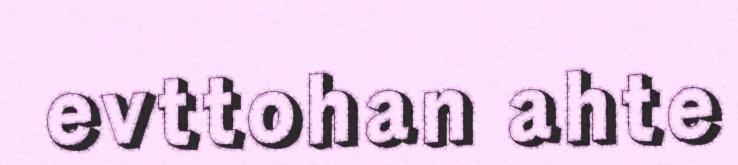
evttohan ahte